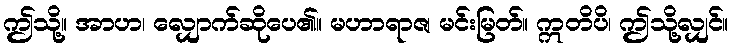
ဤသို့။ အာဟ၊ လျှောက်ဆိုပေ၏။ မဟာရာဇ၊ မင်းမြတ်။ ဣတိပိ၊ ဤသို့လျှင်။